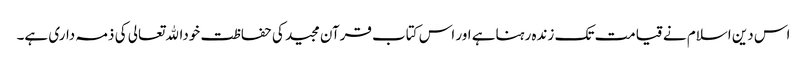
اس دین اسلام نے قیامت تک زندہ رہناہے اور اس کتاب قرآن مجید کی حفاظت خوداﷲتعالی کی ذمہ داری ہے۔